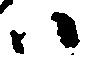
ハ